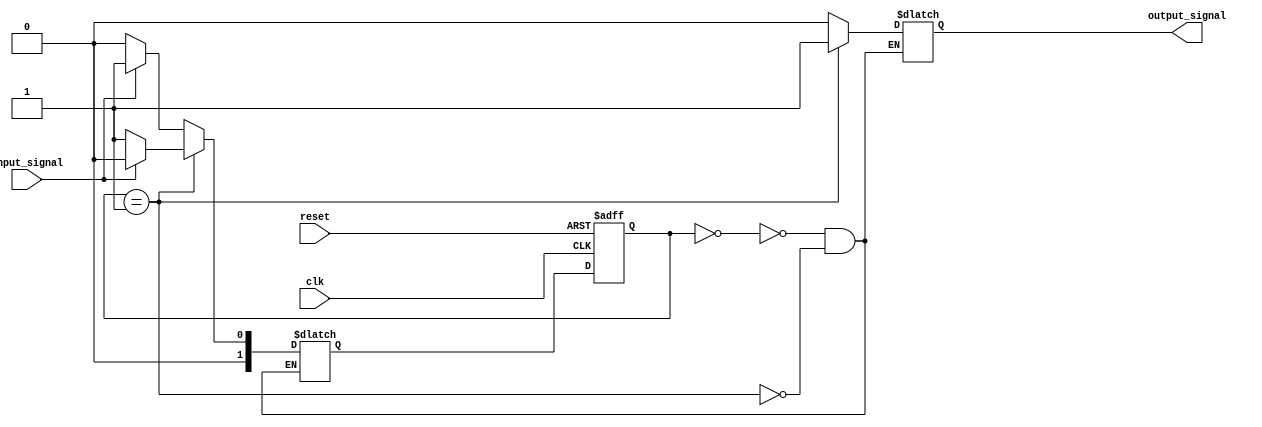
module Moore_State_Machine (
    input clk,
    input reset,
    input input_signal,
    output reg output_signal
);

// State definitions
parameter STATE1 = 2'b00;
parameter STATE2 = 2'b01;

// State signal
reg [1:0] state_reg;
reg [1:0] next_state;

always @ (posedge clk or posedge reset) begin
    if (reset) begin
        state_reg <= STATE1;
    end else begin
        state_reg <= next_state;
    end
end

// State transitions
always @* begin
    case (state_reg)
        STATE1: begin
            if (input_signal) begin
                next_state = STATE2;
            end else begin
                next_state = STATE1;
            end
        end
        
        STATE2: begin
            if (input_signal) begin
                next_state = STATE1;
            end else begin
                next_state = STATE2;
            end
        end
    endcase
end

// Output generation
always @* begin
    case (state_reg)
        STATE1: begin
            output_signal = 1'b0;
        end
        
        STATE2: begin
            output_signal = 1'b1;
        end
    endcase
end

endmodule